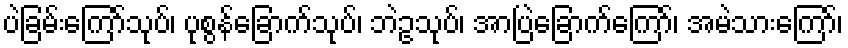
ပဲခြမ်းကြော်သုပ်၊ ပုစွန်ခြောက်သုပ်၊ ဘဲဥသုပ်၊ အာပြဲခြောက်ကြော်၊ အမဲသားကြော်၊